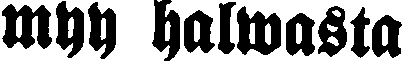
myy halwasta